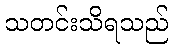
သတင်းသိရသည်